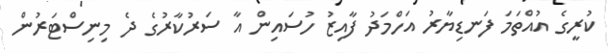
ކުރީގެ އުއްތަމަ ފަނޑިޔާރު އަހްމަދު ފާއިޒު ހުސައިން އާ ސަރުކާރުގެ ދެ މިނިސްޓަރުން